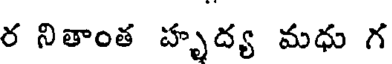
ర నితాంత హృద్య మధు గ